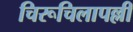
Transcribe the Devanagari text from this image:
चिरूचिलापल्ली